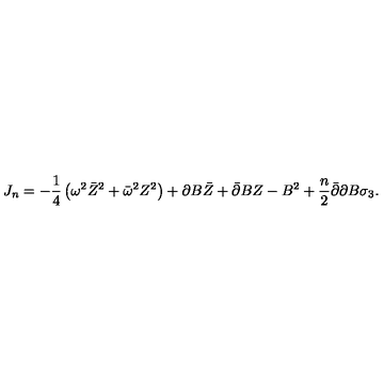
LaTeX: J _ { n } = - \frac 1 4 \left( \omega ^ { 2 } \bar { Z } ^ { 2 } + \bar { \omega } ^ { 2 } Z ^ { 2 } \right) + \partial B \bar { Z } + \bar { \partial } B Z - B ^ { 2 } + \frac n 2 \bar { \partial } \partial B \sigma _ { 3 } .